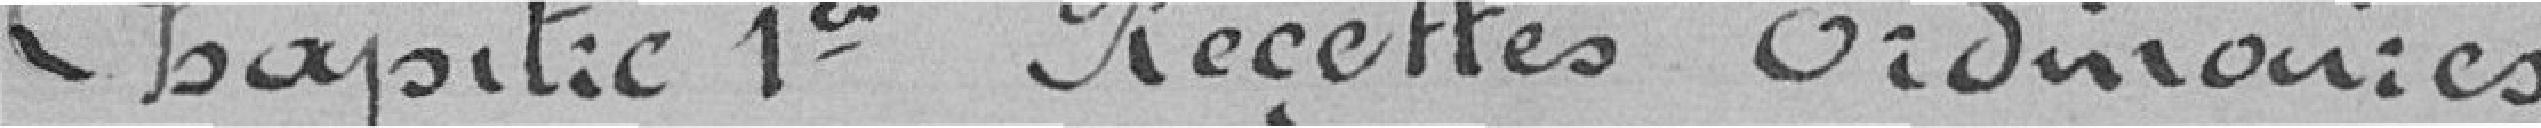
Chapitre 1er Recettes ordinaires